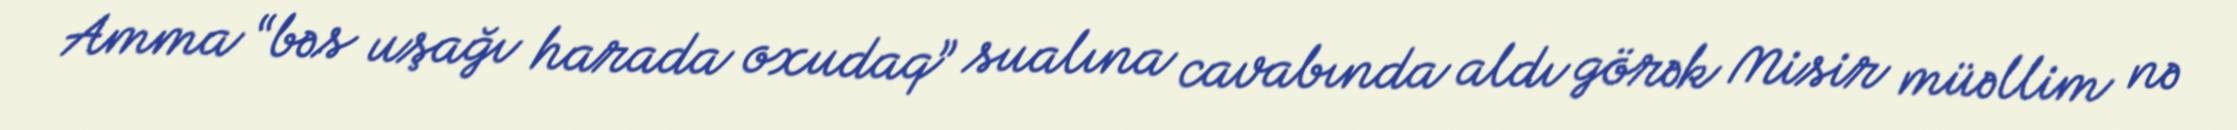
Amma “bəs uşağı harada oxudaq” sualına cavabında aldı görək Misir müəllim nə